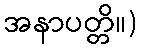
အနာပတ္တိ။)